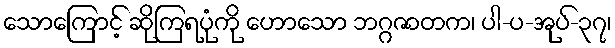
သောကြောင့် ဆိုကြရပုံကို ဟောသော ဘဂ္ဂဇာတက၊ ပါ-ပ-အုပ်-၃၇၊